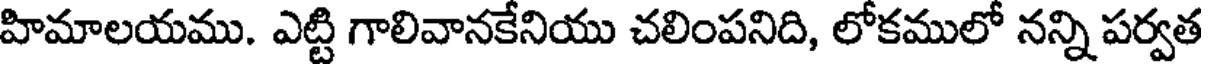
హిమాలయము. ఎట్టి గాలివానకేనియు చలింపనిది, లోకములో నన్ని పర్వత